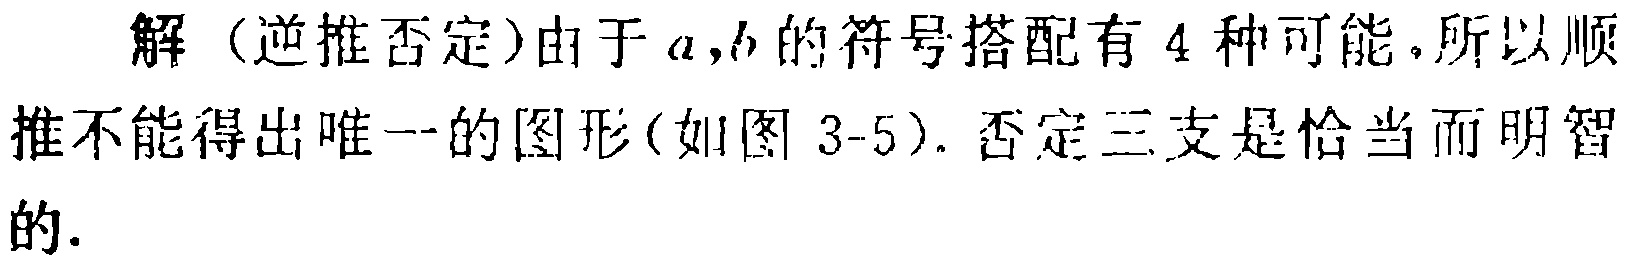
解（逆推否定）由于\(a,b\)的符号搭配有\(4\)种可能，所以顺推不能得出唯一的图形(如图 3-5). 否定三支是恰当而明智的.